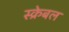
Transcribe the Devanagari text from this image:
स्क्रेबल